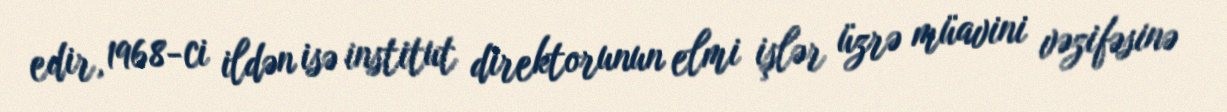
edir, 1968-ci ildən isə institut direktorunun elmi işlər üzrə müavini vəzifəsinə